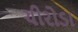
ચીરોડા